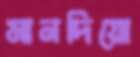
মানদিয়ো